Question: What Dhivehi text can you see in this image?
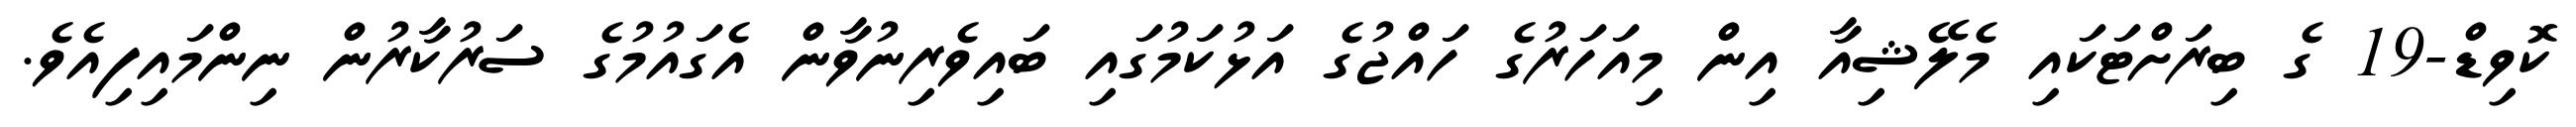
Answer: ކޮވިޑް-19 ގެ ބިރަށްޓަކައި މެލޭޝިއާ އިން މިއަހަރުގެ ހައްޖުގެ އަޅުކަމުގައި ބައިވެރިނުވާން އެގައުމުގެ ސަރުކާރުން ނިންމައިފިއެވެ.